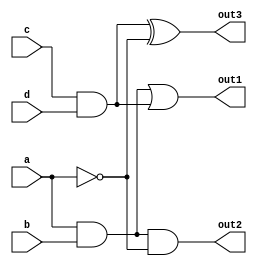
module combinational_logic (
    input wire a,            // Input signal a
    input wire b,            // Input signal b
    input wire c,            // Input signal c
    input wire d,            // Input signal d
    output wire out1,        // Output signal 1
    output wire out2,        // Output signal 2
    output wire out3         // Output signal 3
);

// Shared Logic: Common sub-expressions
wire ab;                   // Intermediate signal for a AND b
wire cd;                   // Intermediate signal for c AND d
wire not_a;                // Intermediate signal for NOT a

// Logic Functions
assign ab = a & b;         // Shared logic for AND operation
assign cd = c & d;         // Shared logic for another AND operation
assign not_a = ~a;         // Shared logic for NOT operation

// Output Logic
assign out1 = ab | cd;     // Output 1: OR of shared logic
assign out2 = ab & not_a;  // Output 2: AND of ab and NOT a
assign out3 = cd ^ not_a;  // Output 3: XOR of cd and NOT a

endmodule